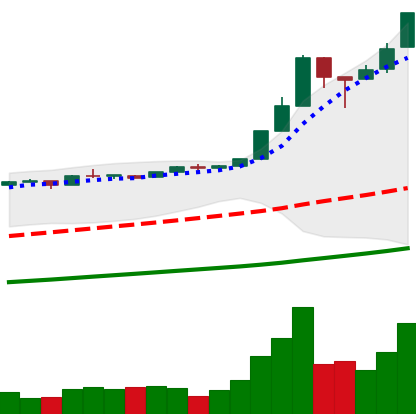
Ticker: BTC-USD
Chart end date: 2016-12-28
Forward return: 4.696%
Label: up_3_5